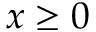
x \ge 0